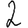
Digit: 2